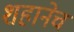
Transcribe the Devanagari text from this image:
शहानेच